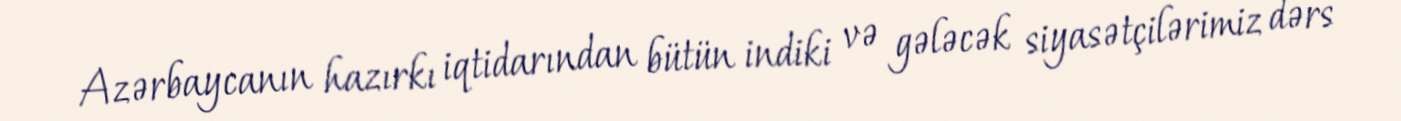
Azərbaycanın hazırkı iqtidarından bütün indiki və gələcək siyasətçilərimiz dərs